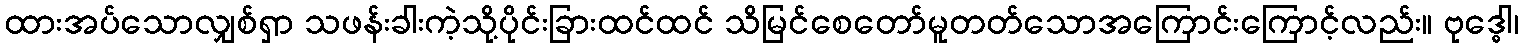
ထားအပ်သောလျှစ်ရှာ သဖန်းခါးကဲ့သို့ပိုင်းခြားထင်ထင် သိမြင်စေတော်မူတတ်သောအကြောင်းကြောင့်လည်း။ ဗုဒ္ဓေါ၊